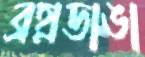
ব্রহ্মডাঙা